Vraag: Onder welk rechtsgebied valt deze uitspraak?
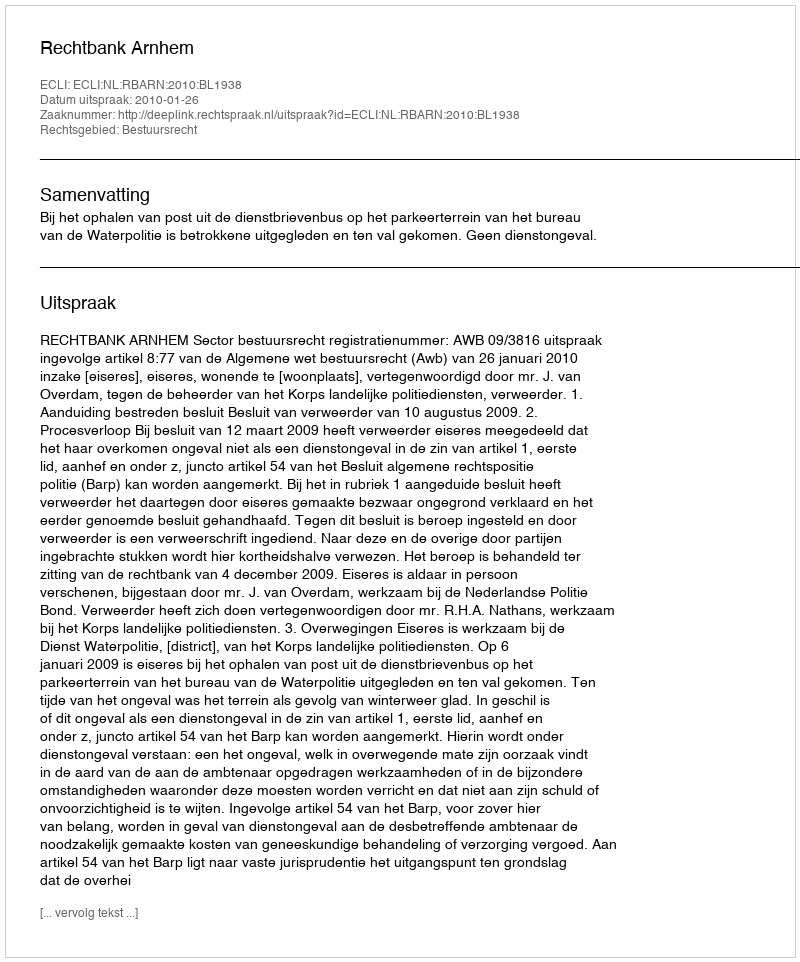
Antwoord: Bestuursrecht